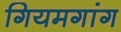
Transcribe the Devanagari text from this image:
गियमगांग